Bombay plague: being a history of the progress of plague in the Bombay presidency from September 1896 to June 1899
Year: 1896
Disease focus: Plague
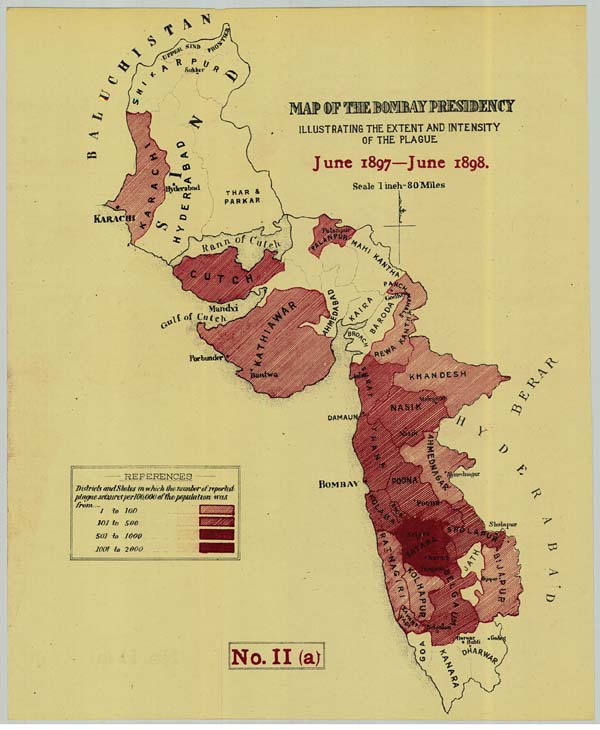
No. II (a)